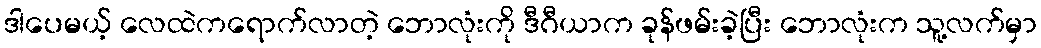
ဒါပေမယ့် လေထဲကရောက်လာတဲ့ ဘောလုံးကို ဒီဂီယာက ခုန်ဖမ်းခဲ့ပြီး ဘောလုံးက သူ့လက်မှာ